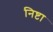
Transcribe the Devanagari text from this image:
निष्टा